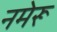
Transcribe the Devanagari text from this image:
नमेरू